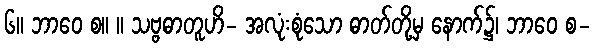
၆။ ဘာဝေ စ။ ။ သဗ္ဗဓာတူဟိ- အလုံးစုံသော ဓာတ်တို့မှ နောက်၌၊ ဘာဝေ စ-